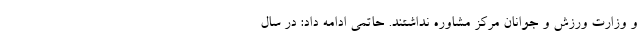
و وزارت ورزش و جوانان مرکز مشاوره نداشتند. حاتمی ادامه داد: در سال